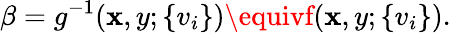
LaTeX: \beta=g^{-1}(\mathbf{x},y;\{ v_{i}\} )\equivf(\mathbf{x},y;\{ v_{i}\} ).